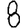
Digit: 8